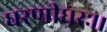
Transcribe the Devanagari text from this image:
धरणीधरः।।